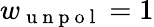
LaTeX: w_{\mathrm{~u~n~p~o~l~}}=1